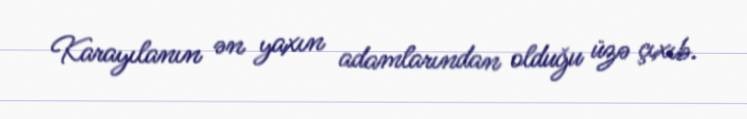
Karayılanın ən yaxın adamlarından olduğu üzə çıxıb.